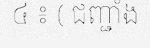
៤ ៖ ( ជញ្ជាំង